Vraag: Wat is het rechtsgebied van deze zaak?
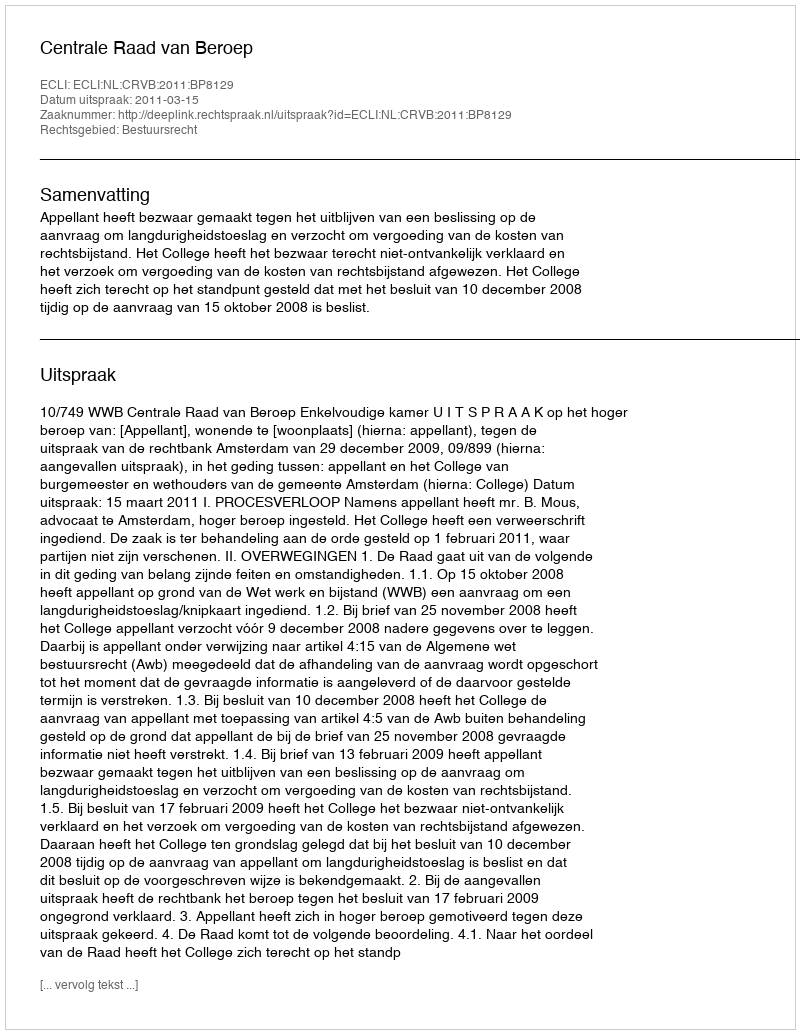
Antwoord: Bestuursrecht